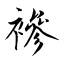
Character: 襂